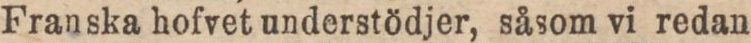
Franska hofvet understödjer, såsom vi redan